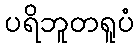
ပရိဘူတရူပံ